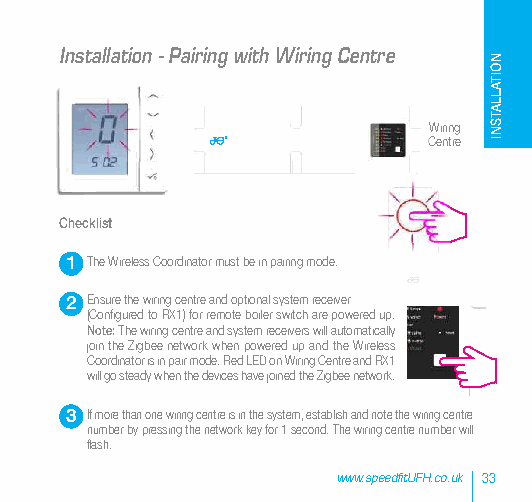
Installation - Pairing with Wiring Centre
 Wiring
 Centre
 Checklist
 1 The Wireless Coordinator must be in pairing mode.
 2 Ensure the wiring centre and optional system receiver
 (Configured to RX1) for remote boiler switch are powered up.
 Note:The wiring centre and system receivers will automatically
 join the Zigbee network when powered up and the Wireless
 Coordinator is in pair mode. Red LED on Wiring Centre and RX1
 will go steady when the devices have joined the Zigbee network.
 3 If more than one wiring centre is in the system, establish and note the wiring centre
 number by pressing the network key for 1 second. The wiring centre number will
 flash.
 www.speedfitUFH.co.uk 33
 NOITALLATSNI